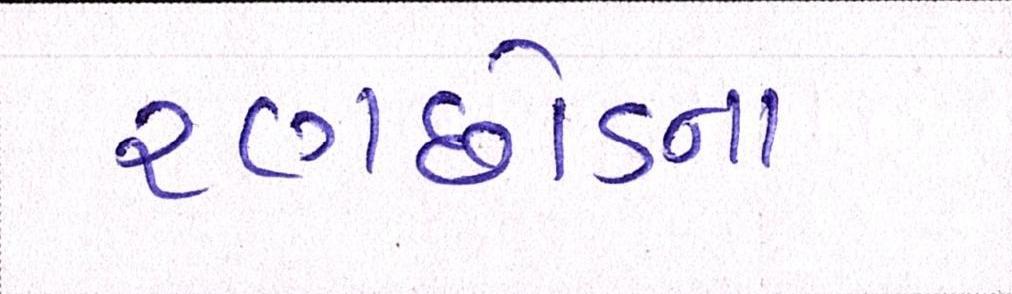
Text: રણછોડના